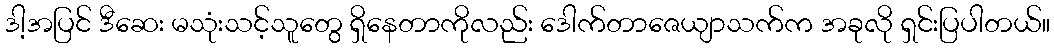
ဒါ့အပြင် ဒီဆေး မသုံးသင့်သူတွေ ရှိနေတာကိုလည်း ဒေါက်တာဇေယျာသက်က အခုလို ရှင်းပြပါတယ်။